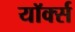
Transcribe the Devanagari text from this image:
यॉर्क्स